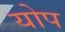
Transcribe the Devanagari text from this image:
योप